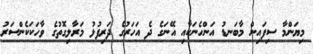
މިޔަންމާ ސިފައިން މާބަނޑު އަންހެނަކާއި އޭނަގެ ދެ އަހަރުގެ ދަރިފުޅު މަރާލިގޮތުގެ ވާހަކަކެންސަރު